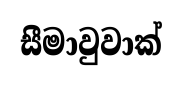
සීමාවුවාක්